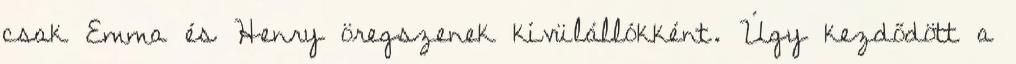
csak Emma és Henry öregszenek kívülállókként. Úgy kezdődött a